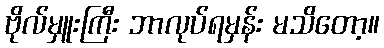
ဗိုလ်မှူးကြီး ဘာလုပ်ရမှန်း မသိတော့။